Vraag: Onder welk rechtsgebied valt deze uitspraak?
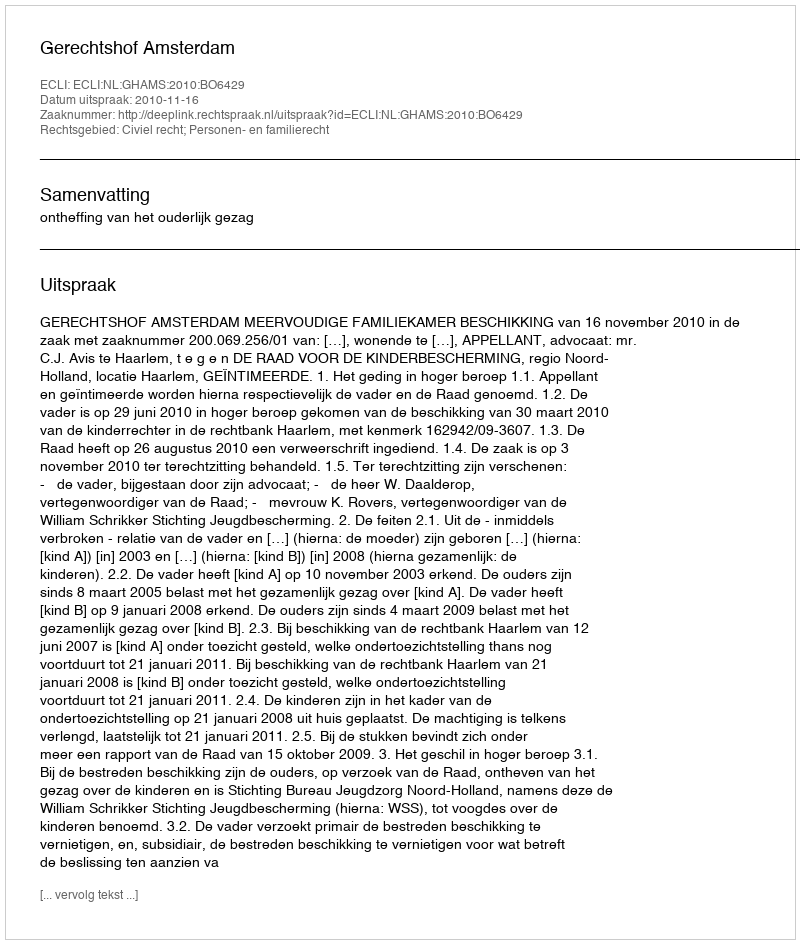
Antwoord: Civiel recht; Personen- en familierecht